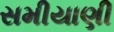
સમીયાણી